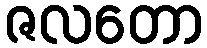
ဇလတော